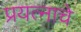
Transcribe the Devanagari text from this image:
प्रयत्नाचे